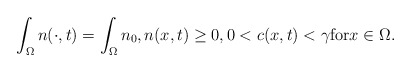
\begin{align*}\displaystyle\int_{\Omega}n(\cdot,t)=\int_{\Omega}n_{0}, n(x,t)\ge0, 0< c(x,t)< \gamma \mbox{for}x\in \Omega. \end{align*}